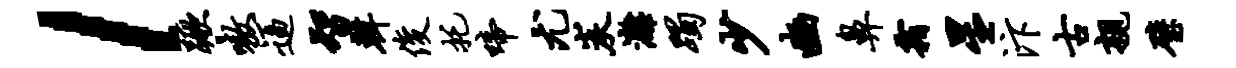
l蹶嗷逼智韩俊托啼尤炭漓躅少豳鼻霜星汴古亲璧